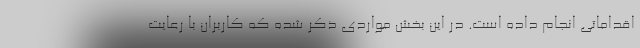
اقداماتی انجام داده است. در این بخش مواردی ذکر شده که کاربران با رعایت